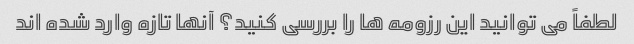
لطفاً می توانید این رزومه ها را بررسی کنید؟ آنها تازه وارد شده اند